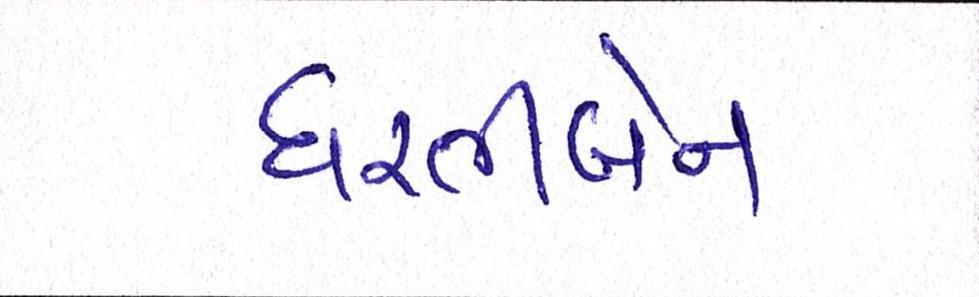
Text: ધરતીબેન